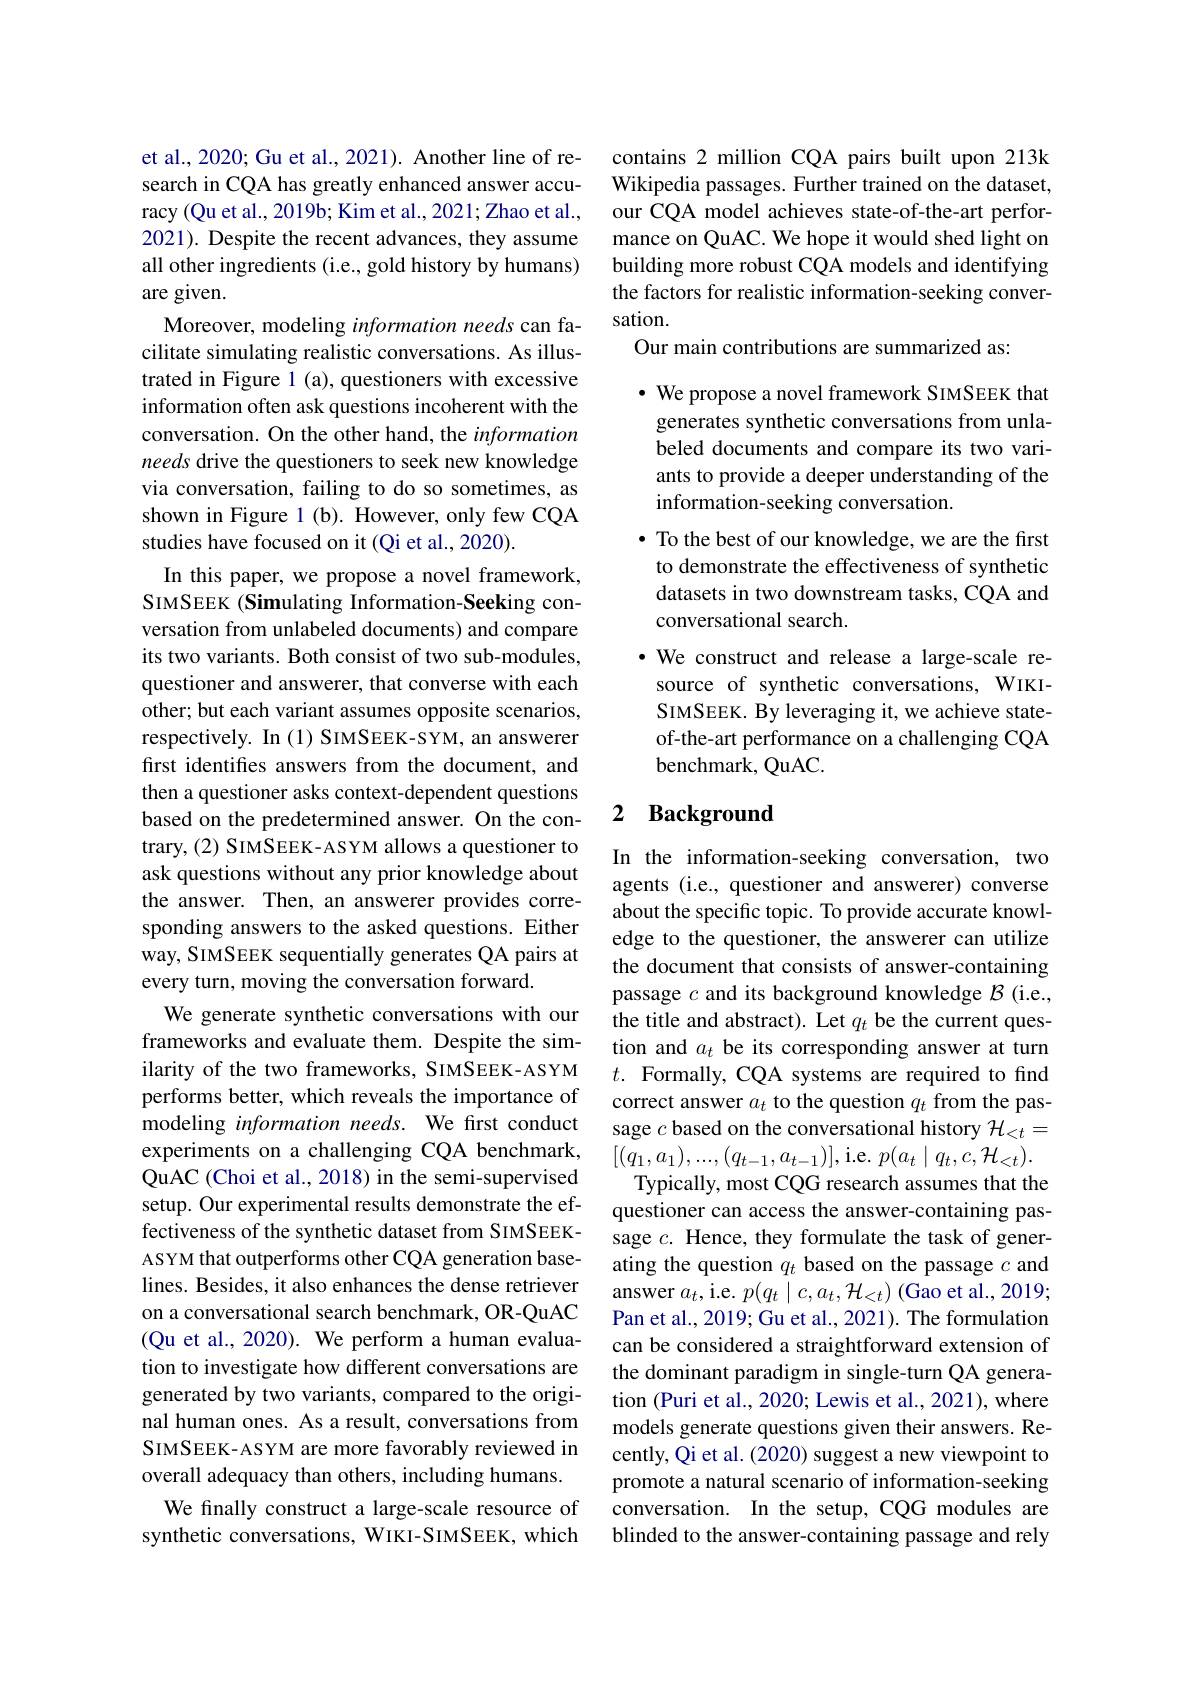
et al., 2020; Gu et al., 2021). Another line of research in CQA has greatly enhanced answer accuracy (Qu et al., 2019b; Kim et al., 2021; Zhao et al., 2021). Despite the recent advances, they assume all other ingredients (i.e., gold history by humans) are given.
Moreover, modeling information needs can facilitate simulating realistic conversations. As illustrated in Figure l (a), questioners with excessive information often ask questions incoherent with the conversation. On the other hand, the information needs drive the questioners to seek new knowledge via conversation, failing to do so sometimes, as shown in Figure 1 (b). However, only few CQA studies have focused on it (Qi et al., 2020).
In this paper, we propose a novel framework, SIMSEEK (Simulating Information-Seeking conversation from unlabeled documents) and compare its two variants. Both consist of two sub-modules, questioner and answerer, that converse with each other; but each variant assumes opposite scenarios, respectively. In (1) SIMSEEK-SYM, an answerer first identifes answers from the document, and then a questioner asks context-dependent questions based on the predetermined answer. On the contrary, (2) SIMSEEK- ASYM allows a questioner to ask questions without any prior knowledge about the answer. Then, an answerer provides corresponding answers to the asked questions. Either way, SIMSEEK sequentially generates QA pairs at every turn, moving the conversation forward.
We generate synthetic conversations with our frameworks and evaluate them. Despite the similarity of the two frameworks, SIMSEEK-ASYM performs better, which reveals the importance of modeling information needs. We first conduct experiments on a challenging CQA benchmark, QuAC (Choi et al., 2018) in the semi-supervised setup. Our experimental results demonstrate the effectiveness of the synthetic dataset from SIMSEEKASYM that outperforms other CQA generation baselines. Besides, it also enhances the dense retriever on a conversational search benchmark, OR-QuAC (Qu et al., 2020). We perform a human evaluation to investigate how different conversations are generated by two variants, compared to the original human ones. As a result, conversations from SIMSEEK-ASYM are more favorably reviewed in overall adequacy than others, including humans.
We finally construct a large-scale resource of synthetic conversations, WIKI-SIMSEEK, which

contains 2 million CQA pairs built upon 213k Wikipedia passages. Further trained on the dataset, our CQA model achieves state-of-the-art performance on QuAC. We hope it would shed light on building more robust CQA models and identifying the factors for realistic information-seeking conversation.
Our main contributions are summarized as:

$\cdot$ We propose a novel framework SIMSEEK that generates synthetic conversations from unlabeled documents and compare its two variants to provide a deeper understanding of the information-seeking conversation.
· To the best of our knowledge, we are the first to demonstrate the effectiveness of synthetic datasets in two downstream tasks, CQA and conversational search.
·We construct and release a large-scale resource of synthetic conversations, WIKISIMSEEK. By leveraging it, we achieve stateof-the-art performance on a challenging CQA benchmark, QuAC.

## 2 Background

In the information-seeking conversation, two agents (i.e., questioner and answerer) converse about the specific topic. To provide accurate knowledge to the questioner, the answerer can utilize the document that consists of answer-containing passage $c$ and its background knowledge $\mathcal{B}$ (i.e., the title and abstract). Let $q_t$ be the current question and $a_t$ be its corresponding answer at turn $t.$ Formally, CQA systems are required to find correct answer $a_t$ to the question $q_t$ from the passage $c$ based on the conversational history $\mathcal{H}_<t=$ $[(q_1,a_1),...,(q_{t-1},a_{t-1})]$,i.e.$p(a_t\mid q_t,c,\mathcal{H}_<t).$
Typically, most CQG research assumes that the questioner can access the answer-containing passage $c.$ Hence, they formulate the task of generating the question $q_t$ based on the passage $c$ and answer $a_t$,i.e. $p(q_t\mid c,a_t,\mathcal{H}_{<t})$ (Gao et al., 2019; Pan et al., 2019; Gu et al., 2021). The formulation can be considered a straightforward extension of the dominant paradigm in single-turn QA generation (Puri et al., 2020; Lewis et al., 2021), where models generate questions given their answers. Recently, Qi et al. (2020) suggest a new viewpoint to promote a natural scenario of information-seeking conversation. In the setup, CQG modules are blinded to the answer-containing passage and rely